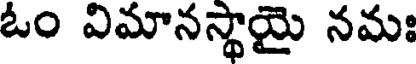
ఓం విమానస్థాయై నమః